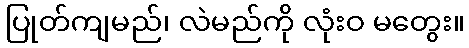
ပြုတ်ကျမည်၊ လဲမည်ကို လုံးဝ မတွေး။